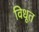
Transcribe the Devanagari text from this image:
विधूत